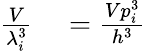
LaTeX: \begin{array}{rl}{\frac{V}{\lambda_{i}^{3}}}&{{}=\frac{Vp_{i}^{3}}{h^{3}}}\end{array}